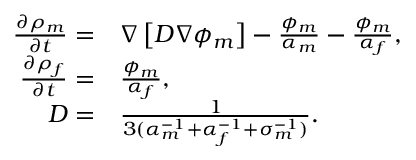
\begin{array} { r l } { \frac { \partial \rho _ { m } } { \partial t } = } & { \nabla \left[ D \nabla \phi _ { m } \right] - \frac { \phi _ { m } } { \alpha _ { m } } - \frac { \phi _ { m } } { \alpha _ { f } } , } \\ { \frac { \partial \rho _ { f } } { \partial t } = } & { \frac { \phi _ { m } } { \alpha _ { f } } , } \\ { D = } & { \frac { 1 } { 3 ( \alpha _ { m } ^ { - 1 } + \alpha _ { f } ^ { - 1 } + \sigma _ { m } ^ { - 1 } ) } . } \end{array}